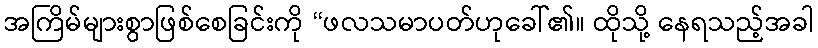
အကြိမ်များစွာဖြစ်စေခြင်းကို “ဖလသမာပတ်ဟုခေါ်၏။ ထိုသို့ နေရသည့်အခါ